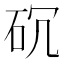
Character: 𥐱